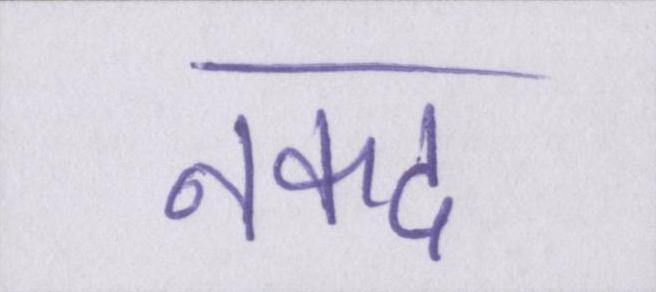
नकद